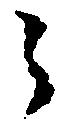
之